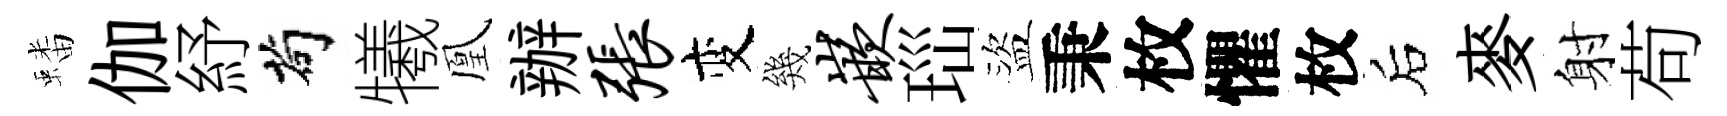
蟠伽紓茍犧凰辦张变幾嵌𤤼盜秉枚懼枚后麥射苟